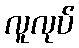
လူလုပ်